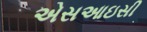
એસઆઇસી